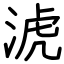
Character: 淲